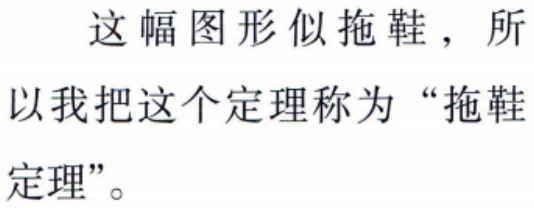
这幅图形似拖鞋，所以我把这个定理称为“拖鞋定理”。